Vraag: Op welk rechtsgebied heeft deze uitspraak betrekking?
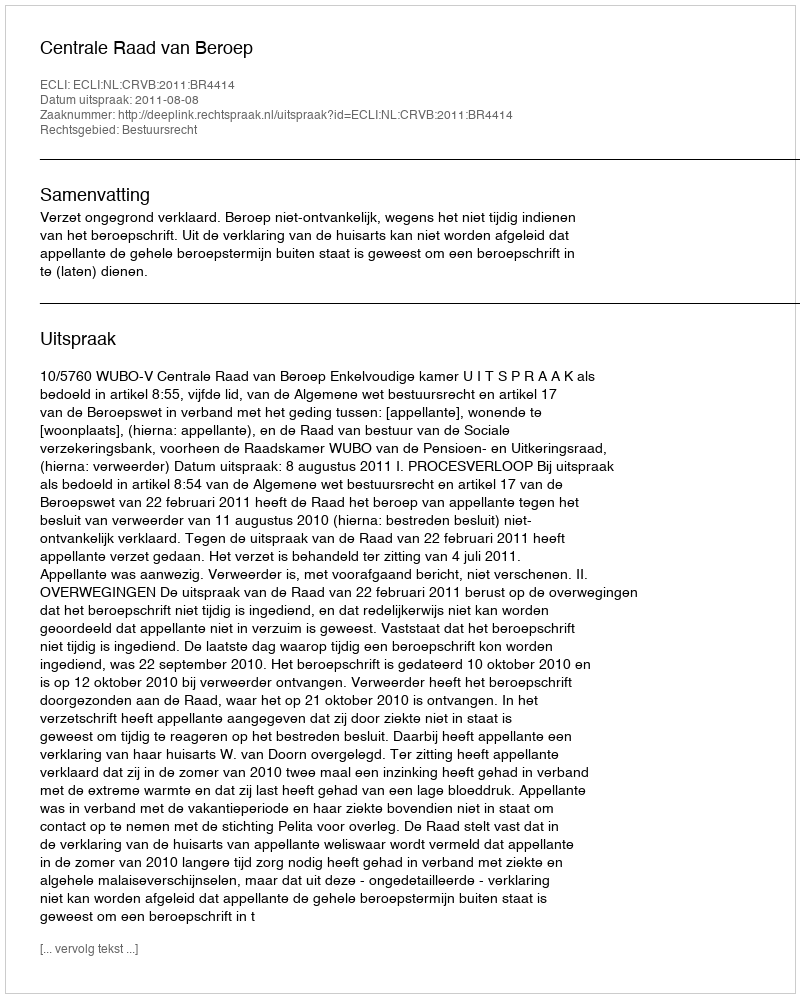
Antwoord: Bestuursrecht